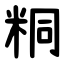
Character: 粡